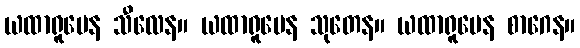
ယထာရူပေန သီလေန။ ယထာရူပေန သုတေန။ ယထာရူပေန စာဂေန။